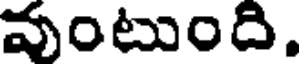
వుంటుంది.